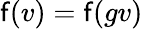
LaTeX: \mathsf{f}(v)=\mathsf{f}(gv)